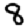
Digit: 8